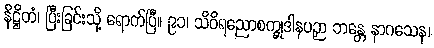
နိဋ္ဌိတံ၊ ပြီးခြင်းသို့ ရောက်ပြီ။ ၉၁၊ သိဝိရညောစက္ခုဒါနပဉှာ ဘန္တေ နာဂသေန၊